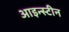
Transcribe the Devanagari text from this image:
आइन्‍स्‍टीन